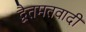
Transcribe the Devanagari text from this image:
द्वैतमतवादी